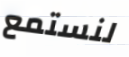
لنستمع